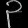
Digit: ၃